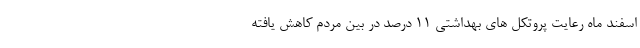
اسفند ماه رعایت پروتکل های بهداشتی ۱۱ درصد در بین مردم کاهش یافته